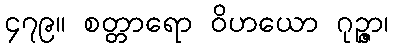
၄၇၉။ စတ္တာရော ဝိဟယော ဂုဉ္ဇာ၊